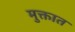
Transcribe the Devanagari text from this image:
मुक्तात